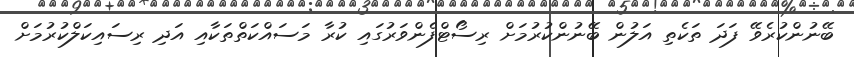
ބޭނުންކުރެވޭ ފަދަ ތަކެތި އަލުން ބޭނުންކުރުމަށް ރިސޯޓްފެންވަރުގައި ކުރާ މަސައްކަތްތަކާއި އަދި ރިސައިކަލްކުރުމަށް